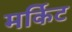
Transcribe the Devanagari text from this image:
मर्किट